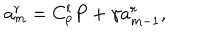
LaTeX: a _ { m } ^ { r } = C _ { p } ^ { l } P + \gamma a _ { m - 1 } ^ { r } ,